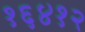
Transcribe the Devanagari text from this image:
१६४१२